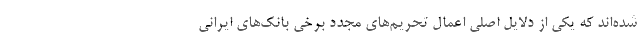
شده‌اند که یکی از دلایل اصلی اعمال تحریم‌های مجدد برخی بانک‌های ایرانی